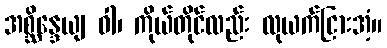
အစ္ဆိန္ဒေယျ ဝါ၊ ကိုယ်တိုင်လည်း လုယက်ငြားအံ့။